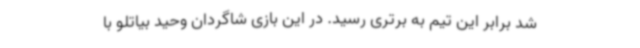
شد برابر این تیم به برتری رسید. در این بازی شاگردان وحید بیاتلو با